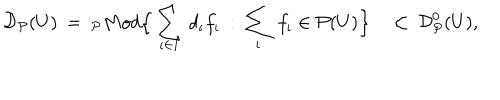
LaTeX: { \cal D } _ { \cal P } ( U ) \: = \: _ { \cal P } M o d \Big \{ \sum _ { \iota \in I } \, d _ { \iota } f _ { \iota } \: : \: \sum _ { \iota } \, f _ { \iota } \in { \cal P } ( U ) \Big \} \quad \subset \: { \cal D } _ { \cal P } ^ { 0 } ( U ) ,